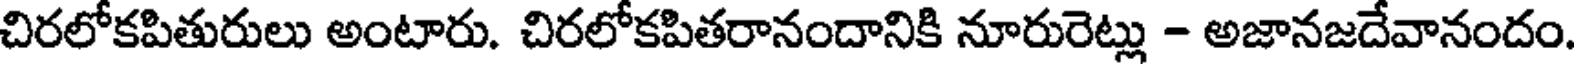
చిరలోకపితురులు అంటారు. చిరలోకపితరానందానికి నూరురెట్లు - అజానజదేవానందం